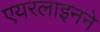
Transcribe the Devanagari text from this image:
एयरलाइनने